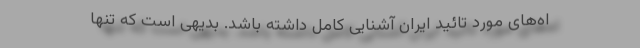
اه‌های مورد تائید ایران آشنایی کامل داشته باشد. بدیهی است که تنها